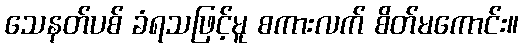
သေနတ်ပစ် ခံရသဖြင့်မူ စကားလက် စိတ်မကောင်း။